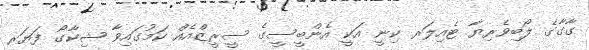
ގާގާގެ ލޯބިވެރިޔާ ޓެއިލަރ ކިނީ އަކީ އެންބީސީގެ ސީރީޒްއެއް ކަމުގައިވާ ޝިކާގޯ ފަޔަރ